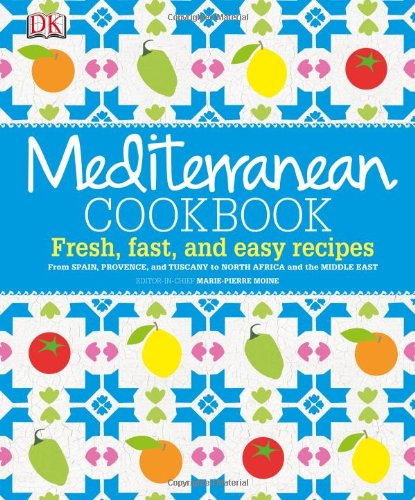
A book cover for Mediterranean Cookbook; Marie-Pierre Moine; Cookbooks, Food & Wine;